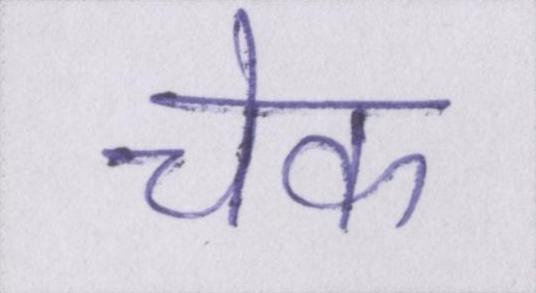
चेक